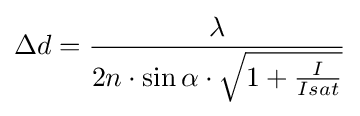
\Delta d={\frac {\lambda }{2n\cdot \sin \alpha \cdot {\sqrt {1+{\frac {I}{Isat}}}}}}